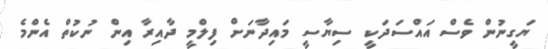
ޔަގީނުން ވެސް އައްސަދަކީ ސިޔާސީ މައިދާނަށް ފިލްމީ ދާއިރާ އިން ނުކުތް އެންމެ